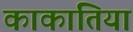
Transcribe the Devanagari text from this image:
काकातिया